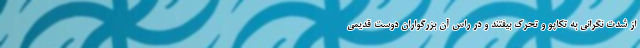
از شدت نگرانی به تکاپو و تحرک بیفتند و در راس آن بزرگواران دوست قدیمی